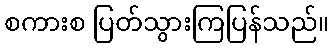
စကားစ ပြတ်သွားကြပြန်သည်။